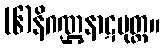
(၆)နိဂဏ္ဌနာဋပုတ္တ။